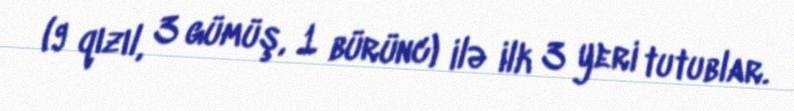
(9 qızıl, 3 gümüş, 1 bürünc) ilə ilk 3 yeri tutublar.